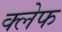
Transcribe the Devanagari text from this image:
क्लेफ